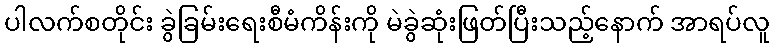
ပါလက်စတိုင်း ခွဲခြမ်းရေးစီမံကိန်းကို မဲခွဲဆုံးဖြတ်ပြီးသည့်နောက် အာရပ်လူ